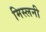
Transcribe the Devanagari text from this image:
मिस्लनी